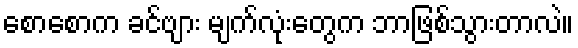
စောစောက ခင်ဗျား မျက်လုံးတွေက ဘာဖြစ်သွားတာလဲ။